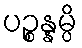
ပဉ္စန္နမ္ပိ